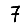
Digit: 7